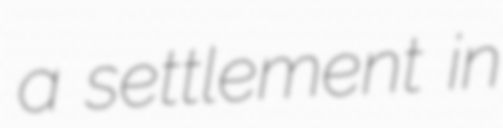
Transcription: a settlement in